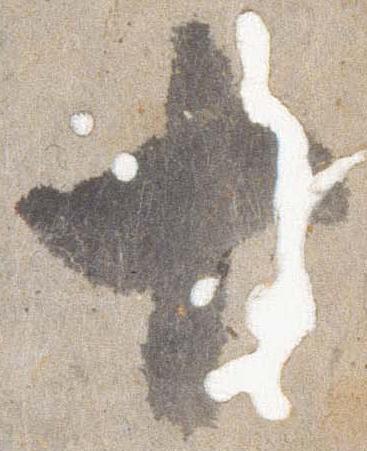
十